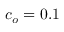
c _ { o } = 0 . 1